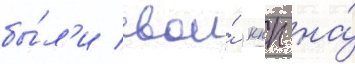
бы́л'и свои́ кпп на́